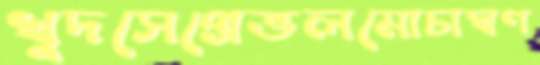
খুদসেপ্রেভলমোচাঘণ